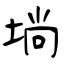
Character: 埫